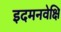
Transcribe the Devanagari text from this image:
इदमनवेक्षि